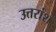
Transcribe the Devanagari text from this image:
उत्तरांश